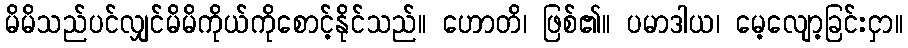
မိမိသည်ပင်လျှင်မိမိကိုယ်ကိုစောင့်နိုင်သည်။ ဟောတိ၊ ဖြစ်၏။ ပမာဒါယ၊ မေ့လျော့ခြင်းငှာ။